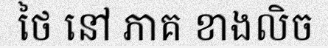
ថៃ នៅ ភាគ ខាងលិច